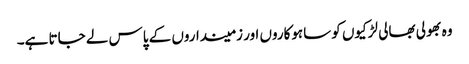
وہ بھولی بھالی لڑکیوں کو ساہوکاروں اور زمینداروں کے پاس لے جاتا ہے۔